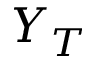
Y _ { T }